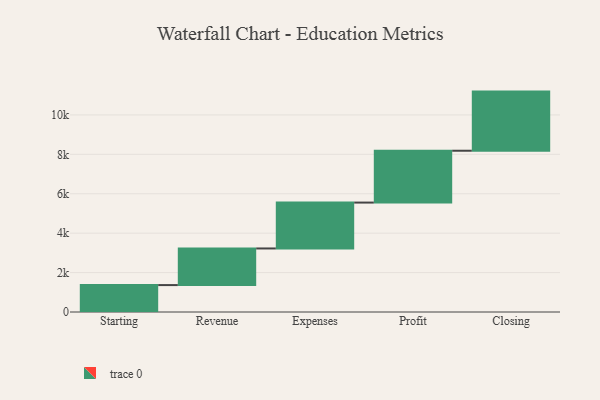
{"axis": {"x": "Step", "y": "Value"}, "legend": [""], "data": [{"x": "Starting", "y": 1366.0, "type": ""}, {"x": "Revenue", "y": 1858.0, "type": ""}, {"x": "Expenses", "y": 2328.0, "type": ""}, {"x": "Profit", "y": 2631.0, "type": ""}, {"x": "Closing", "y": 3000, "type": ""}]}